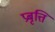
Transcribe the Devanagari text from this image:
प्रबृत्ति